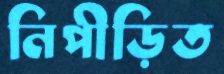
নিপীড়িত